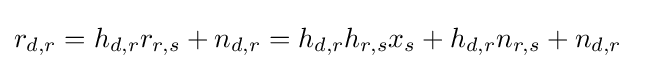
r_{d,r}=h_{d,r}r_{r,s}+n_{d,r}=h_{d,r}h_{r,s}x_{s}+h_{d,r}n_{r,s}+n_{d,r}\quad